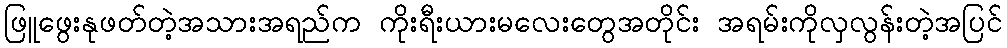
ဖြူဖွေးနုဖတ်တဲ့အသားအရည်က ကိုးရီးယားမလေးတွေအတိုင်း အရမ်းကိုလှလွန်းတဲ့အပြင်